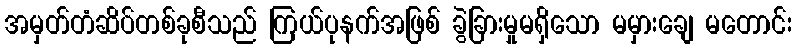
အမှတ်တံဆိပ်တစ်ခုစီသည် ကြယ်ပုနက်အဖြစ် ခွဲခြားမှုမရှိသော မမှားချေ မတောင်း